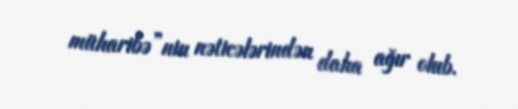
müharibə”nin nəticələrindən daha ağır olub.